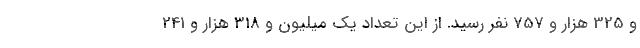
و 325 هزار و 757 نفر رسید. از این تعداد یک میلیون و 318 هزار و 241